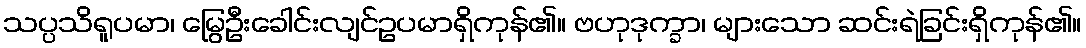
သပ္ပသိရူပမာ၊ မြွေဦးခေါင်းလျင်ဥပမာရှိကုန်၏။ ဗဟုဒုက္ခာ၊ များသော ဆင်းရဲခြင်းရှိကုန်၏။